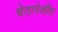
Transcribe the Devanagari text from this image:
चेतापेशींत